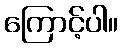
ကြောင့်ပါ။